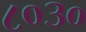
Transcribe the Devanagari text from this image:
८०३०